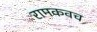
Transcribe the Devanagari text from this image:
रामकवच